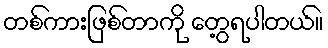
တစ်ကားဖြစ်တာကို တွေ့ရပါတယ်။